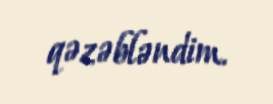
qəzəbləndim.